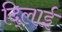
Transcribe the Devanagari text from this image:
दि्लाई